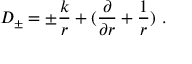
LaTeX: D _ { \pm } = \pm \frac { k } { r } + ( \frac { \partial } { \partial r } + \frac { 1 } { r } ) \ .